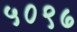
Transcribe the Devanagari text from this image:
५०९७